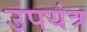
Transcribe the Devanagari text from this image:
उपयंत्र